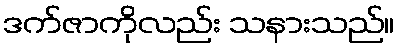
ဒက်ဇာကိုလည်း သနားသည်။